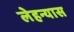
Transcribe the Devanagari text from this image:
लेहन्यास